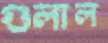
গুলাল